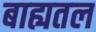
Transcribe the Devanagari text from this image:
बाह्यतल